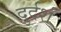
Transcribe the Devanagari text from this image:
दुर्दर्श